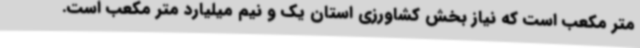
متر مکعب است که نیاز بخش کشاورزی استان یک و نیم میلیارد متر مکعب است.